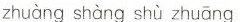
huàng shàng shù zhuāng